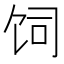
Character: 饲